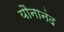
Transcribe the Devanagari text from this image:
यौनानंद